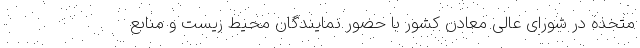
متخذه در شورای عالی معادن کشور با حضور نمایندگان محیط زیست و منابع